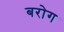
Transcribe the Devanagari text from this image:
बरोग